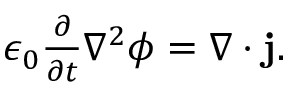
\begin{array} { r } { \epsilon _ { 0 } \frac { \partial } { \partial t } \nabla ^ { 2 } \phi = \nabla \cdot \mathbf { j } . } \end{array}